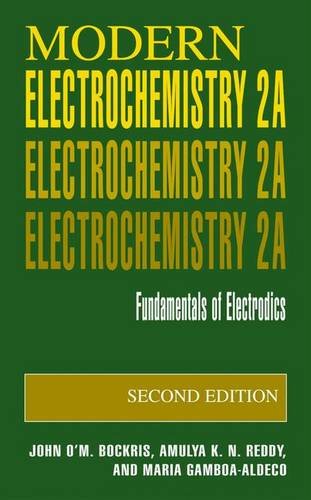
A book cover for Modern Electrochemistry 2A: Fundamentals of Electrodics; John O'M. Bockris; Science & Math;